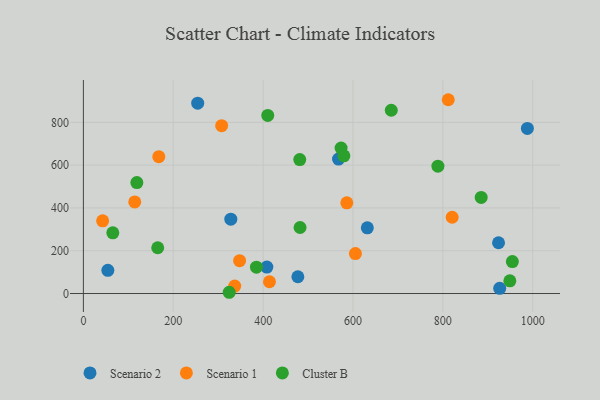
{"axis": {"x": "Speed", "y": "Fuel Efficiency"}, "legend": ["Cluster B", "Scenario 1", "Scenario 2"], "data": [{"x": "926.5", "y": 24.1, "type": "Scenario 2"}, {"x": "328.1", "y": 347.3, "type": "Scenario 2"}, {"x": "631.9", "y": 307.2, "type": "Scenario 2"}, {"x": "567.8", "y": 628.5, "type": "Scenario 2"}, {"x": "54.4", "y": 108.4, "type": "Scenario 2"}, {"x": "988.1", "y": 771.5, "type": "Scenario 2"}, {"x": "923.9", "y": 237.4, "type": "Scenario 2"}, {"x": "254.4", "y": 889.7, "type": "Scenario 2"}, {"x": "408.3", "y": 123.4, "type": "Scenario 2"}, {"x": "477.3", "y": 78.3, "type": "Scenario 2"}, {"x": "812.0", "y": 905.8, "type": "Scenario 1"}, {"x": "347.6", "y": 153.6, "type": "Scenario 1"}, {"x": "414.1", "y": 55.1, "type": "Scenario 1"}, {"x": "114.3", "y": 428.3, "type": "Scenario 1"}, {"x": "307.7", "y": 784.5, "type": "Scenario 1"}, {"x": "586.3", "y": 423.8, "type": "Scenario 1"}, {"x": "336.8", "y": 34.6, "type": "Scenario 1"}, {"x": "605.4", "y": 186.8, "type": "Scenario 1"}, {"x": "42.8", "y": 339.8, "type": "Scenario 1"}, {"x": "820.7", "y": 356.5, "type": "Scenario 1"}, {"x": "167.8", "y": 639.4, "type": "Scenario 1"}, {"x": "65.5", "y": 283.6, "type": "Cluster B"}, {"x": "324.5", "y": 5.8, "type": "Cluster B"}, {"x": "685.2", "y": 856.6, "type": "Cluster B"}, {"x": "579.7", "y": 643.5, "type": "Cluster B"}, {"x": "954.7", "y": 149.5, "type": "Cluster B"}, {"x": "789.0", "y": 595.0, "type": "Cluster B"}, {"x": "482.2", "y": 308.6, "type": "Cluster B"}, {"x": "385.2", "y": 123.3, "type": "Cluster B"}, {"x": "481.5", "y": 626.2, "type": "Cluster B"}, {"x": "119.0", "y": 518.6, "type": "Cluster B"}, {"x": "949.1", "y": 59.1, "type": "Cluster B"}, {"x": "165.4", "y": 213.9, "type": "Cluster B"}, {"x": "885.3", "y": 449.1, "type": "Cluster B"}, {"x": "410.3", "y": 832.3, "type": "Cluster B"}, {"x": "573.5", "y": 679.6, "type": "Cluster B"}]}